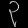
Digit: ၃